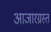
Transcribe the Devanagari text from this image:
आजारग्रस्त